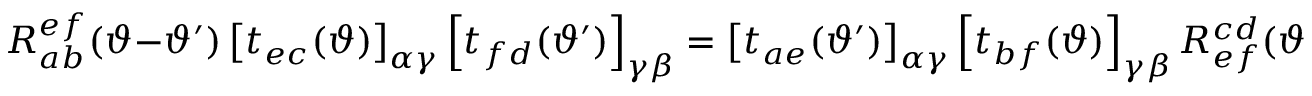
R _ { a b } ^ { e f } ( \vartheta - \vartheta ^ { \prime } ) \left[ t _ { e c } ( \vartheta ) \right] _ { \alpha \gamma } \left[ t _ { f d } ( \vartheta ^ { \prime } ) \right] _ { \gamma \beta } = \left[ t _ { a e } ( \vartheta ^ { \prime } ) \right] _ { \alpha \gamma } \left[ t _ { b f } ( \vartheta ) \right] _ { \gamma \beta } R _ { e f } ^ { c d } ( \vartheta - \vartheta ^ { \prime } )